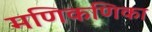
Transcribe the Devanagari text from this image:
मणिकणिका